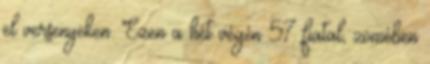
el versenyeken. Ezen a hét végén 57 fiatal, zömében